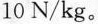
10N/kg。